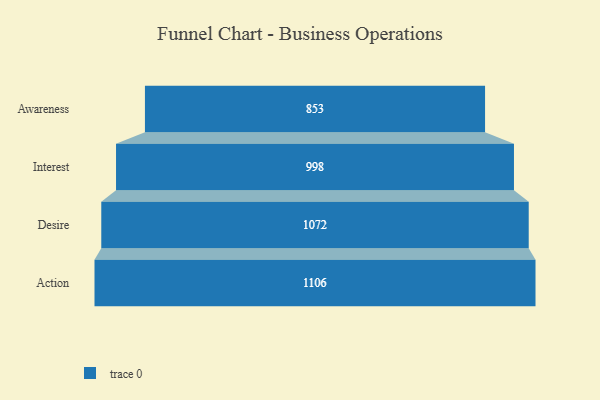
{"axis": {"x": "Stage", "y": "Value"}, "legend": [""], "data": [{"x": "Awareness", "y": 853.0, "type": ""}, {"x": "Interest", "y": 998.0, "type": ""}, {"x": "Desire", "y": 1072.0, "type": ""}, {"x": "Action", "y": 1106.0, "type": ""}]}